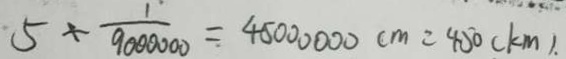
5 \div \frac { 1 } { 9 0 0 0 0 0 } = 4 5 0 0 0 0 0 0 c m = 4 5 0 ( k m ) .